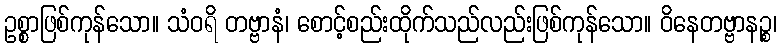
ဥစ္စာဖြစ်ကုန်သော။ သံဝရိ တဗ္ဗာနံ၊ စောင့်စည်းထိုက်သည်လည်းဖြစ်ကုန်သော။ ဝိနေတဗ္ဗာနဉ္စ၊